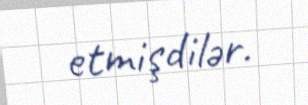
etmişdilər.